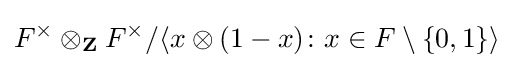
F^{\times }\otimes _{\mathbf {Z} }F^{\times }/\langle x\otimes (1-x)\colon x\in F\setminus \{0,1\}\rangle